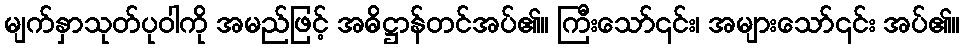
မျက်နှာသုတ်ပုဝါကို အမည်ဖြင့် အဓိဋ္ဌာန်တင်အပ်၏။ ကြီးသော်၎င်း၊ အများသော်၎င်း အပ်၏။